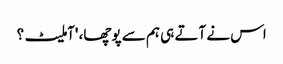
اس نے آتے ہی ہم سے پوچھا، 'آملیٹ؟